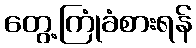
တွေ့ကြုံခံစားရန်